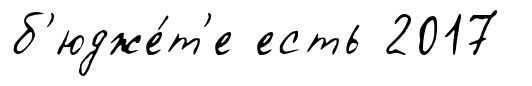
б'юдже́т'е есть 2017